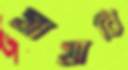
যাখারি